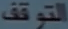
التحقق